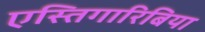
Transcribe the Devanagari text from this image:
एस्तिगारिबिया